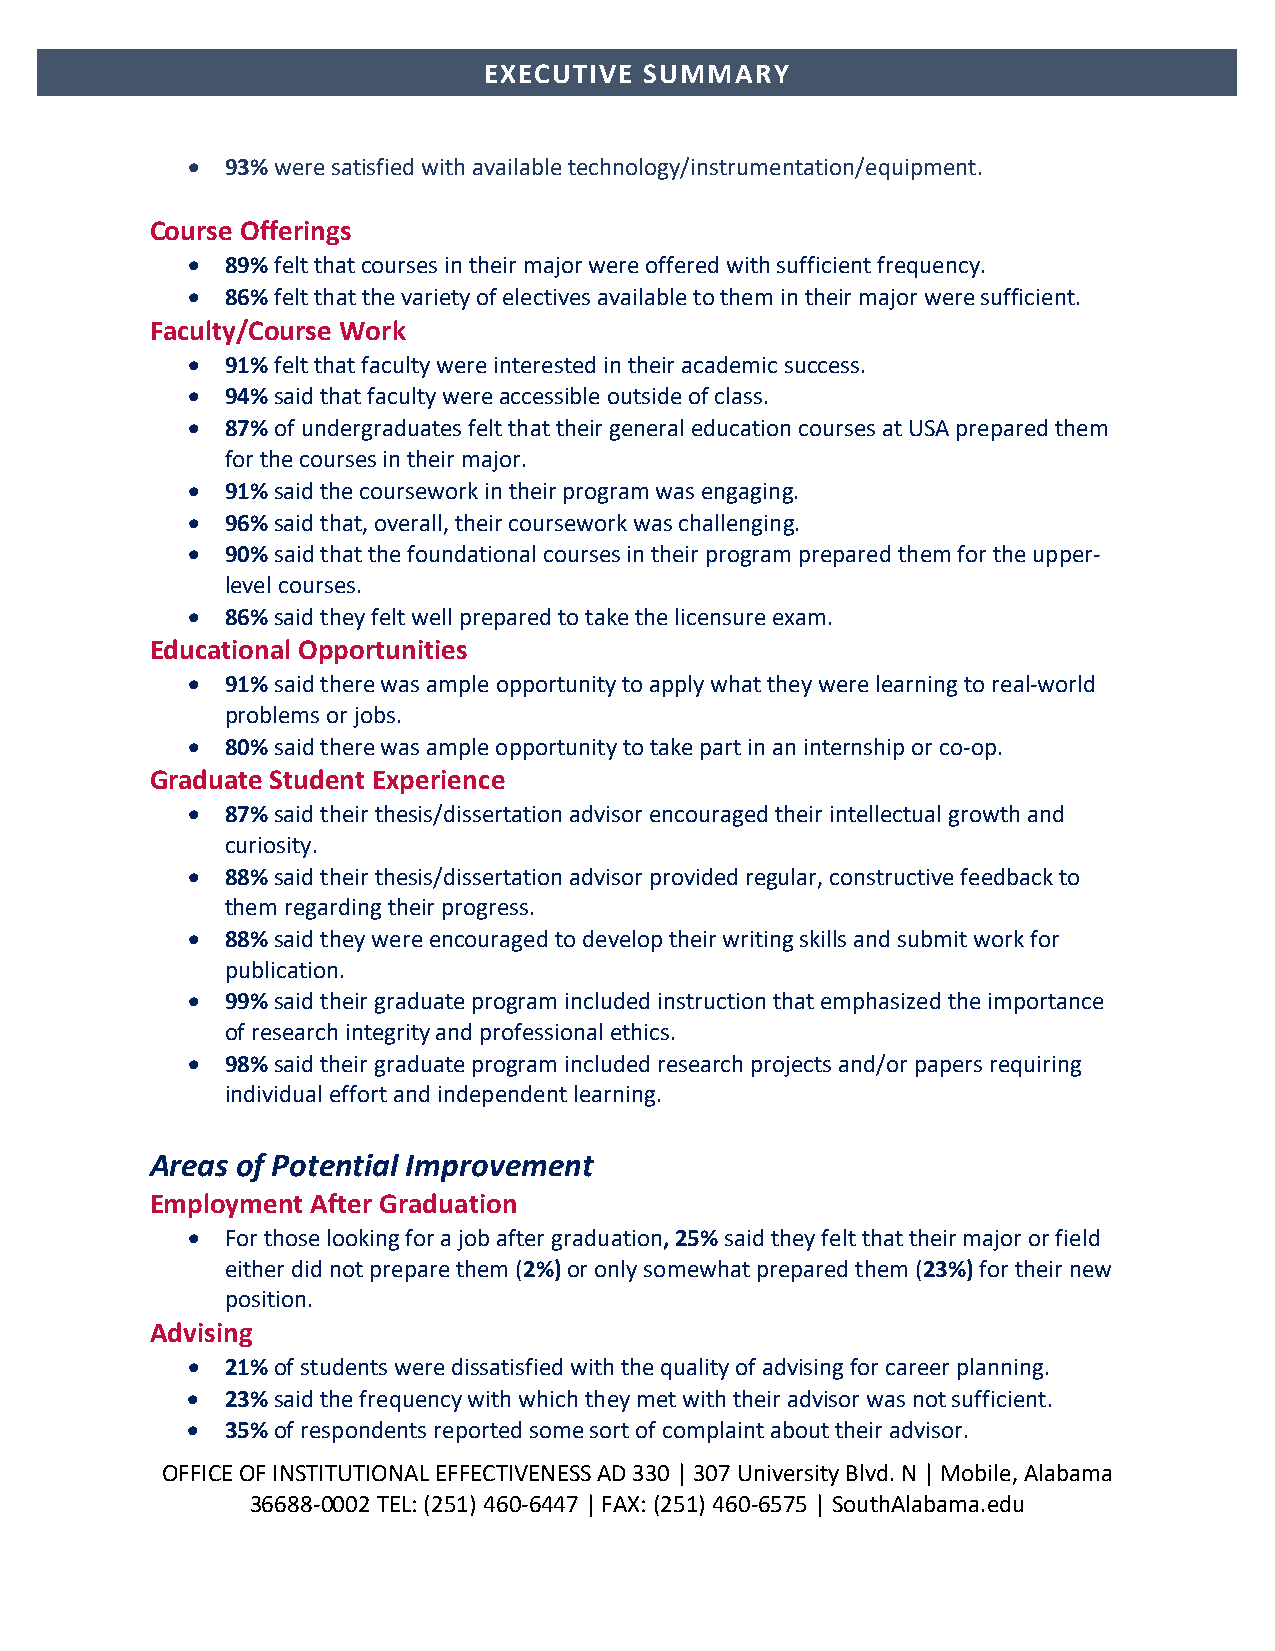
EXECUTIVE  SUMMARY
 •  93% were satisfied with available technology/instrumentation/equipment.
 Course Offerings
 •  89% felt that courses in their major were offered with sufficient frequency.
 •  86% felt that the variety of electives available to them in their major were sufficient.
 Faculty/Course Work
 •  91% felt that faculty were interested in their academic success.
 •  94% said that faculty were accessible outside of class.
 •  87% of undergraduates felt that their general education courses at USA prepared them
 for the courses in their major.
 •  91% said the coursework in their program was engaging.
 •  96% said that, overall, their coursework was challenging.
 •  90% said that the foundational courses in their program prepared them for the upper-
 level courses.
 •  86% said they felt well prepared to take the licensure exam.
 Educational Opportunities
 •  91% said there was ample opportunity to apply what they were learning to real-world
 problems or jobs.
 •  80% said there was ample opportunity to take part in an internship or co-op.
 Graduate Student Experience
 •  87% said their thesis/dissertation advisor encouraged their intellectual growth and
 curiosity.
 •  88% said their thesis/dissertation advisor provided regular, constructive feedback to
 them regarding their progress.
 •  88% said they were encouraged to develop their writing skills and submit work for
 publication.
 •  99% said their graduate program included instruction that emphasized the importance
 of research integrity and professional ethics.
 •  98% said their graduate program included research projects and/or papers requiring
 individual effort and independent learning.
 Areas of Potential Improvement
 Employment After Graduation
 •  For those looking for a job after graduation, 25% said they felt that their major or field
 either did not prepare them (2%) or only somewhat prepared them (23%) for their new
 position.
 Advising
 •  21% of students were dissatisfied with the quality of advising for career planning.
 •  23% said the frequency with which they met with their advisor was not sufficient.
 •  35% of respondents reported some sort of complaint about their advisor.
 OFFICE OF INSTITUTIONAL EFFECTIVENESS AD 330 | 307 University Blvd. N | Mobile, Alabama
 36688-0002 TEL: (251) 460-6447 | FAX: (251) 460-6575 | SouthAlabama.edu